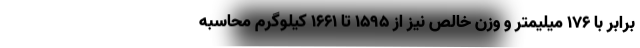
برابر با 176 میلیمتر و وزن خالص نیز از 1595 تا 1661 کیلوگرم محاسبه